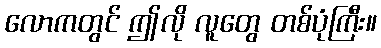
လောကတွင် ဤလို လူတွေ တစ်ပုံကြီး။